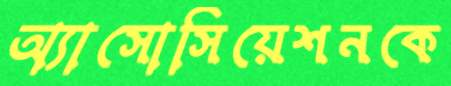
অ্যাসোসিয়েশনকে